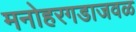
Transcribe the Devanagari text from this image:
मनोहरगडाजवळ